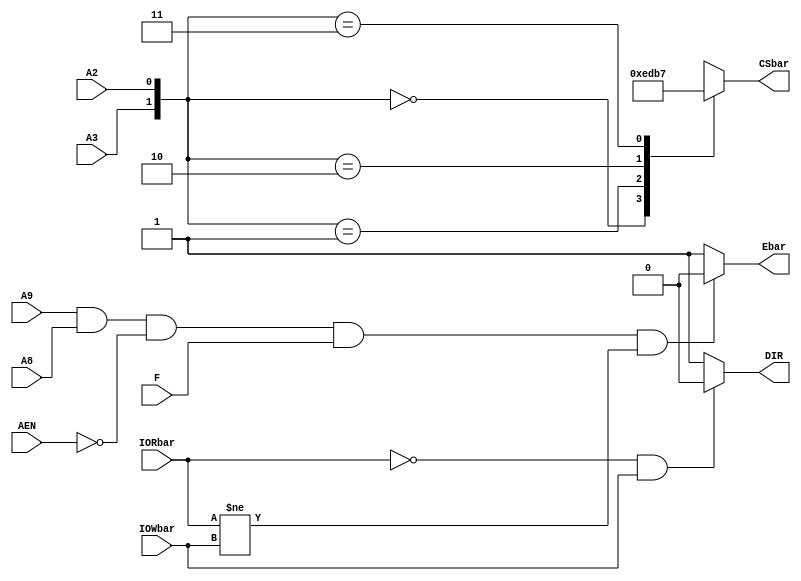
module Chip_Decoder(
    input A9,A8,F,A3,A2,AEN,IORbar,IOWbar,
    output reg [3:0] CSbar,
    output reg Ebar,DIR
    );
    reg [1:0] A;
    parameter S0 = 0,S1 = 1,S2 = 2,S3 = 3;
    always @(A9 or A8 or AEN or F or IORbar or IOWbar)
    begin
        if((A9 == 1) & (A8 == 1) & (AEN == 0) & F & (IORbar != IOWbar))
            Ebar = 0;
        else
            Ebar = 1;
        if((IORbar == 0) & (IOWbar ==1))
            DIR = 0;
        else
            DIR = 1;
    end
    always @(A3 or A2)
    begin
        A = {A3,A2};
        case(A)
            S0 : CSbar = 4'b1110;
            S1 : CSbar = 4'b1101;
            S2 : CSbar = 4'b1011;
            S3 : CSbar = 4'b0111;
        endcase
    end
endmodule